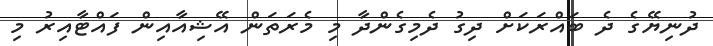
ދުނިޔޭގެ ދެ ބައްރަކަށް ދިގު ދެމިގެންދާ މި މެރަތަން އޭޝިއާއިން ފައްޓާއިރު މި